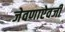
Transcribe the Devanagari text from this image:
जेवणाऐवजी